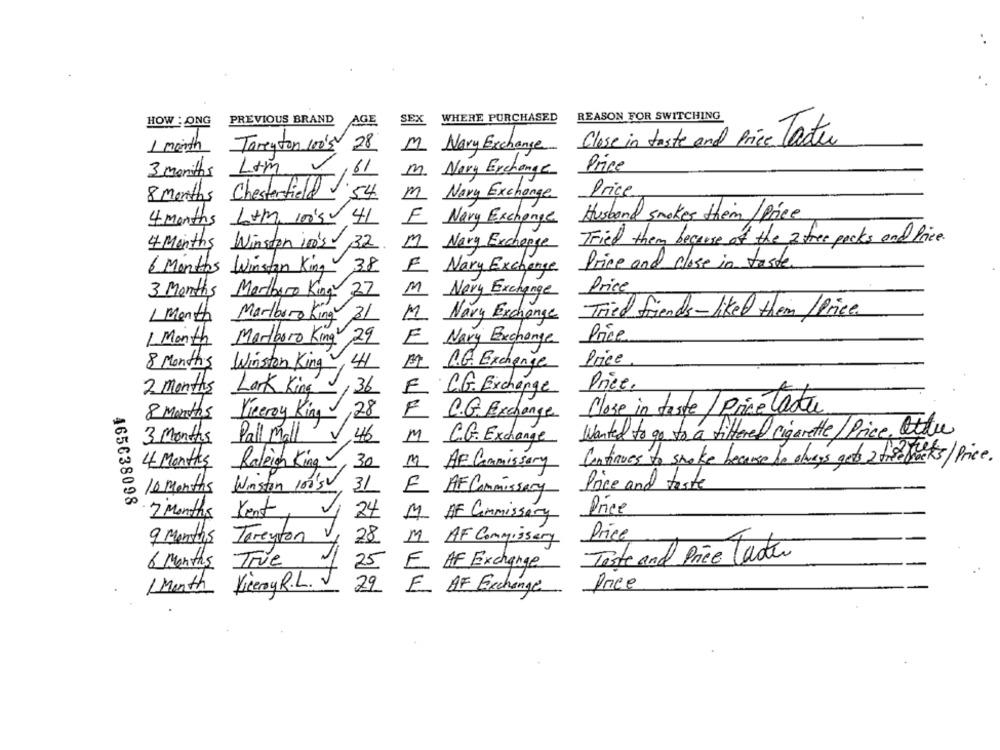
SEX
WHERE PURCHASED
REASON FOR SWITCHING
HOW : ONG
PREVIOUS BRAND AGE
Close in taste and Price Tacter
1 month
Tomenton 100's 28
M Nary Exchange
3 months
Lim
m. Nary Exchange
Price
/61
8 Months Chesterfield J.
.54
Price
m Nary Exchange
Husband snoker them / Price
4 months Lotm, 1005 41
E Navy Exchange
Tried them because of the 2 free packs and Price.
4 Months Winston 100's 32 M Nary Exchange
6 Months Winstan King 38
F Nary Exchange
Price and close in taste
Price
3 Months Marlboro King 27
M Nary Exchange
1 Month MarlboroKing
Tried friends-liked them /Price.
King 31
M Navy Exchange
Price
1 Month Marlboro King 29
E Navy Exchange
Price
8 Months
Winston King, 41
11 R.G. Exchange
2 months
36
F C.G. Exchange
Price.
Lark King
Close in taste / Price lader
8 Months
Viceroy King
,28
F C.G. Exchange
Wanted to go to a filtered cigarette/ Price. Otte
3 Months
Pall Mall
46
M C.G. Exchange
Continues to
4 Months
30
M AF Commissary
to smoke because he always get a free tracks/ Price.
Raleigh King
Winston 100's0, 31
Price and teste
10 Months
E AF Commissary
465638098
Price
7 Months
24
M AF Commissary
9 Months
Trenton 4
28
M AF Commissary
Price
Taste and Price Taotur
True
25
6 Months
E AF Exchange
Viceroy R.L. V
Price
1 Month
22 E OF Exchange